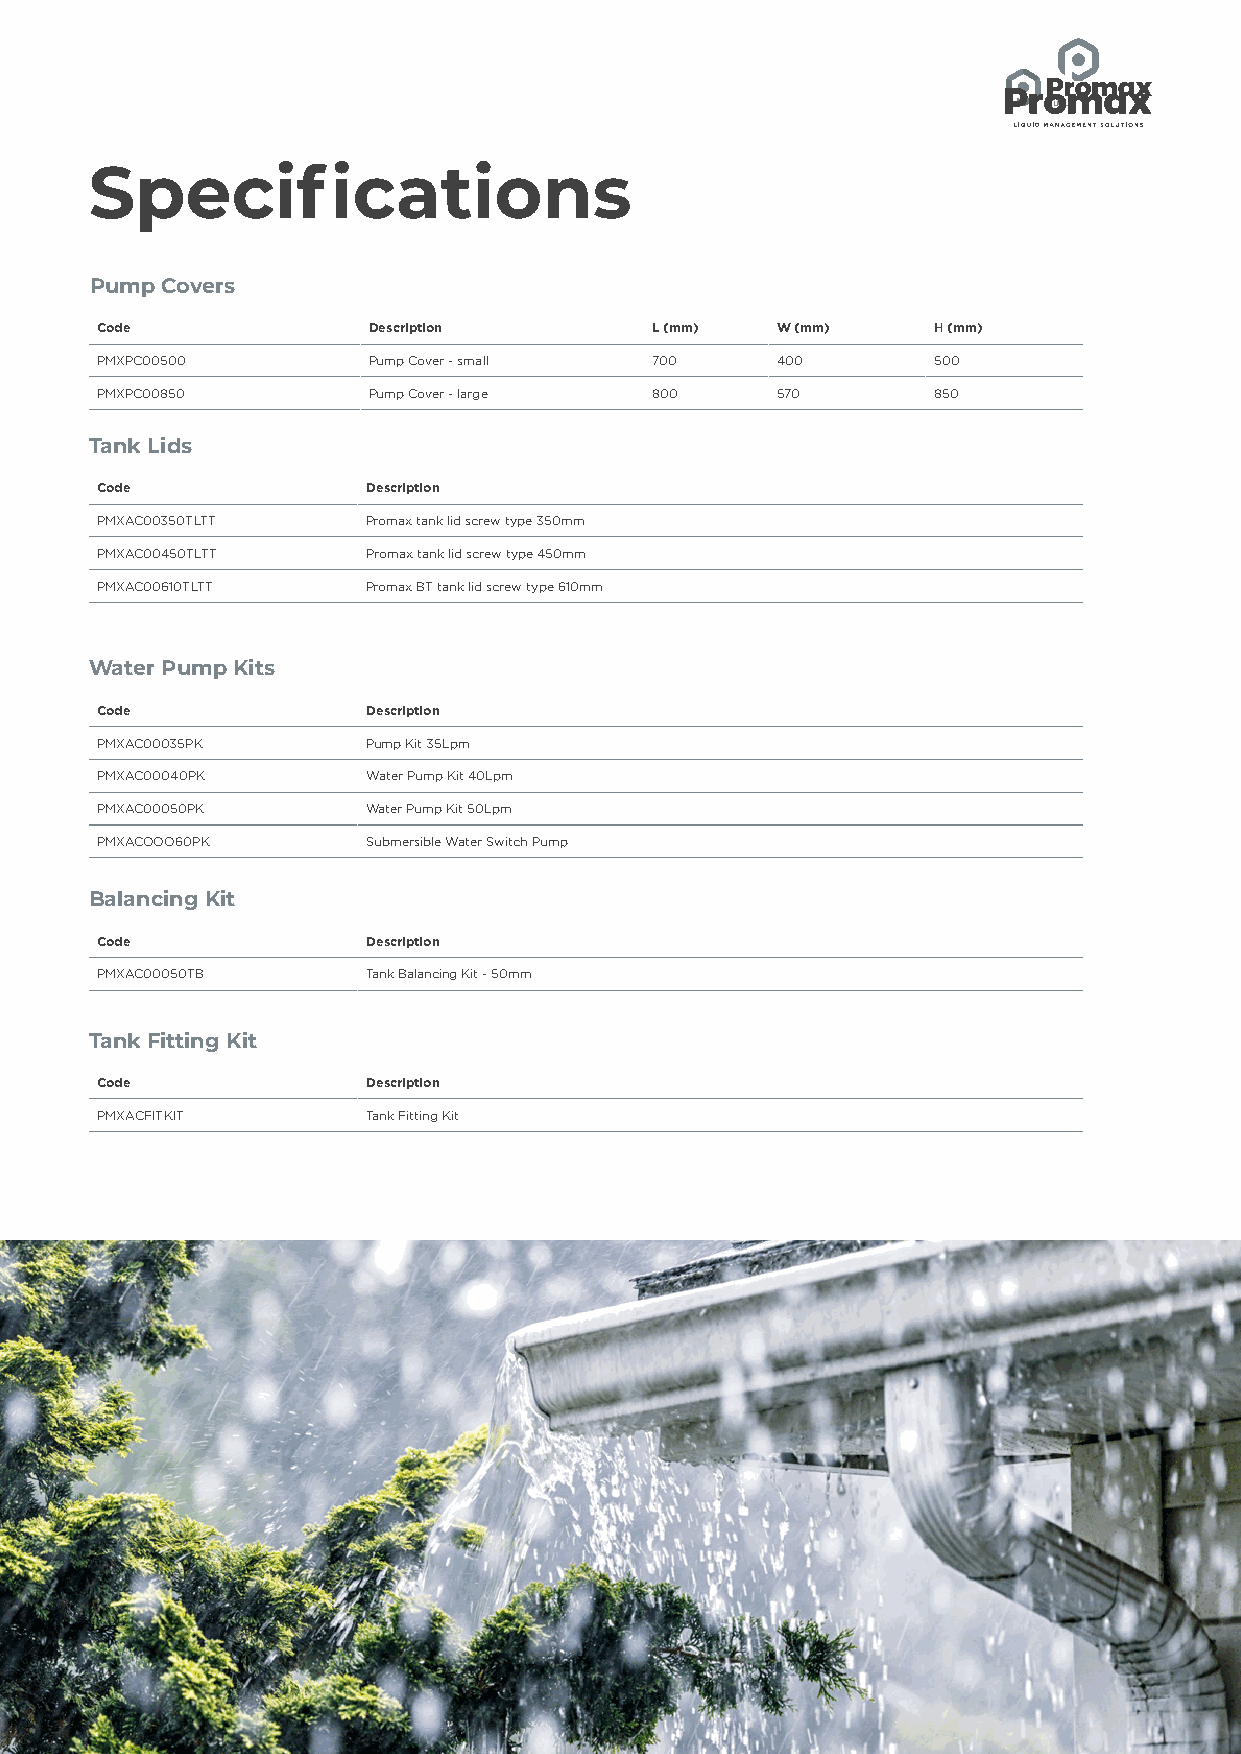
Specifications
 Pump Covers
 Code              Description        L (mm)  W (mm)     H (mm)
 PMXPC00500        Pump Cover - small 700     400        500
 PMXPC00850        Pump Cover - large 800     570        850
 Tank Lids
 Code              Description
 PMXAC00350TLTT    Promax tank lid screw type 350mm
 PMXAC00450TLTT    Promax tank lid screw type 450mm
 PMXAC00610TLTT    Promax BT tank lid screw type 610mm
 Water Pump Kits
 Code              Description
 PMXAC00035PK      Pump Kit 35Lpm
 PMXAC00040PK      Water Pump Kit 40Lpm
 PMXAC00050PK      Water Pump Kit 50Lpm
 PMXACOOO60PK      Submersible Water Switch Pump
 Balancing Kit
 Code              Description
 PMXAC00050TB      Tank Balancing Kit - 50mm
 Tank Fitting Kit
 Code              Description
 PMXACFITKIT       Tank Fitting Kit